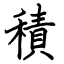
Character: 積